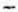
-